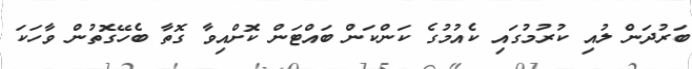
ބަރުދަން ލުއި ކުރުމުގައި ކެއުމުގެ ކަންކަން ބައްޓަން ކޮށްއިވާ ގޮތާ ބެހޭގޮތުން ވާހަކަ